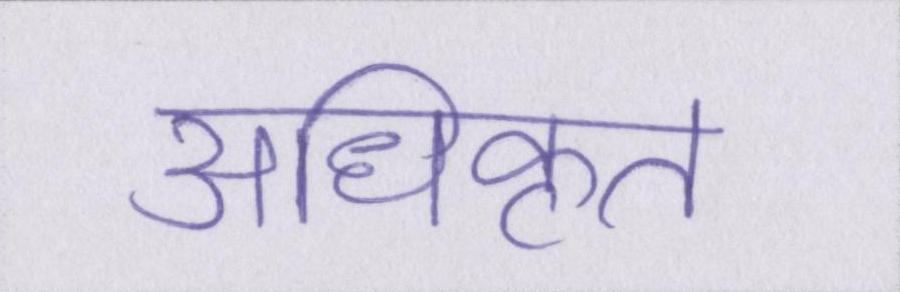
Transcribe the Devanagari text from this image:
अधिकृत